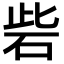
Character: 砦